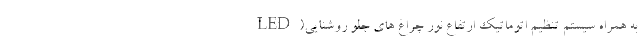
LED)به همراه سیستم تنظیم اتوماتیک ارتفاع نور چراغ های جلو روشنایی